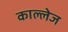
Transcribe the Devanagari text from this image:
काल्लेज